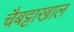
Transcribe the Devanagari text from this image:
चैबट्टाखाल